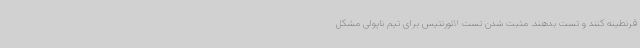
قرنطینه کنند و تست بدهند. مثبت شدن تست لائورنتیس برای تیم ناپولی مشکل